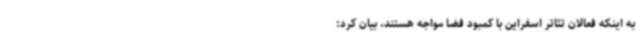
به اینکه فعالان تئاتر اسفراین با کمبود فضا مواجه هستند، بیان کرد: